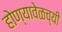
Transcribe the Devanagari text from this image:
होण्यावेळच्यी